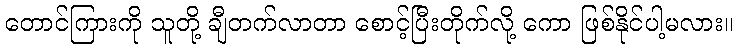
တောင်ကြားကို သူတို့ ချီတက်လာတာ စောင့်ပြီးတိုက်လို့ ကော ဖြစ်နိုင်ပါ့မလား။